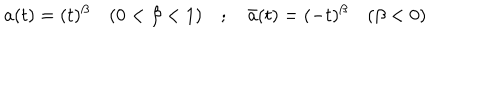
a ( t ) = ( t ) ^ { \beta } \quad ( 0 < \beta < 1 ) \quad ; \quad \bar { a } ( t ) = ( - t ) ^ { \beta } \quad ( \beta < 0 )